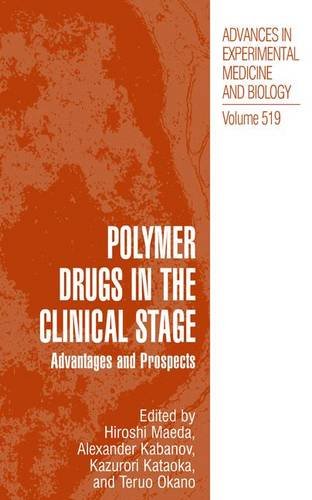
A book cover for Polymer Drugs in the Clinical Stage: Advantages and Prospects (Advances in Experimental Medicine and Biology); Medical Books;